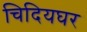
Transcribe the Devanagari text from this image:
चिदियघर